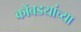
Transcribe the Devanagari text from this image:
कोंबडयांच्या